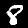
Digit: 8